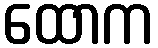
ထောက